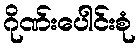
ဂိုဏ်းပေါင်းစုံ